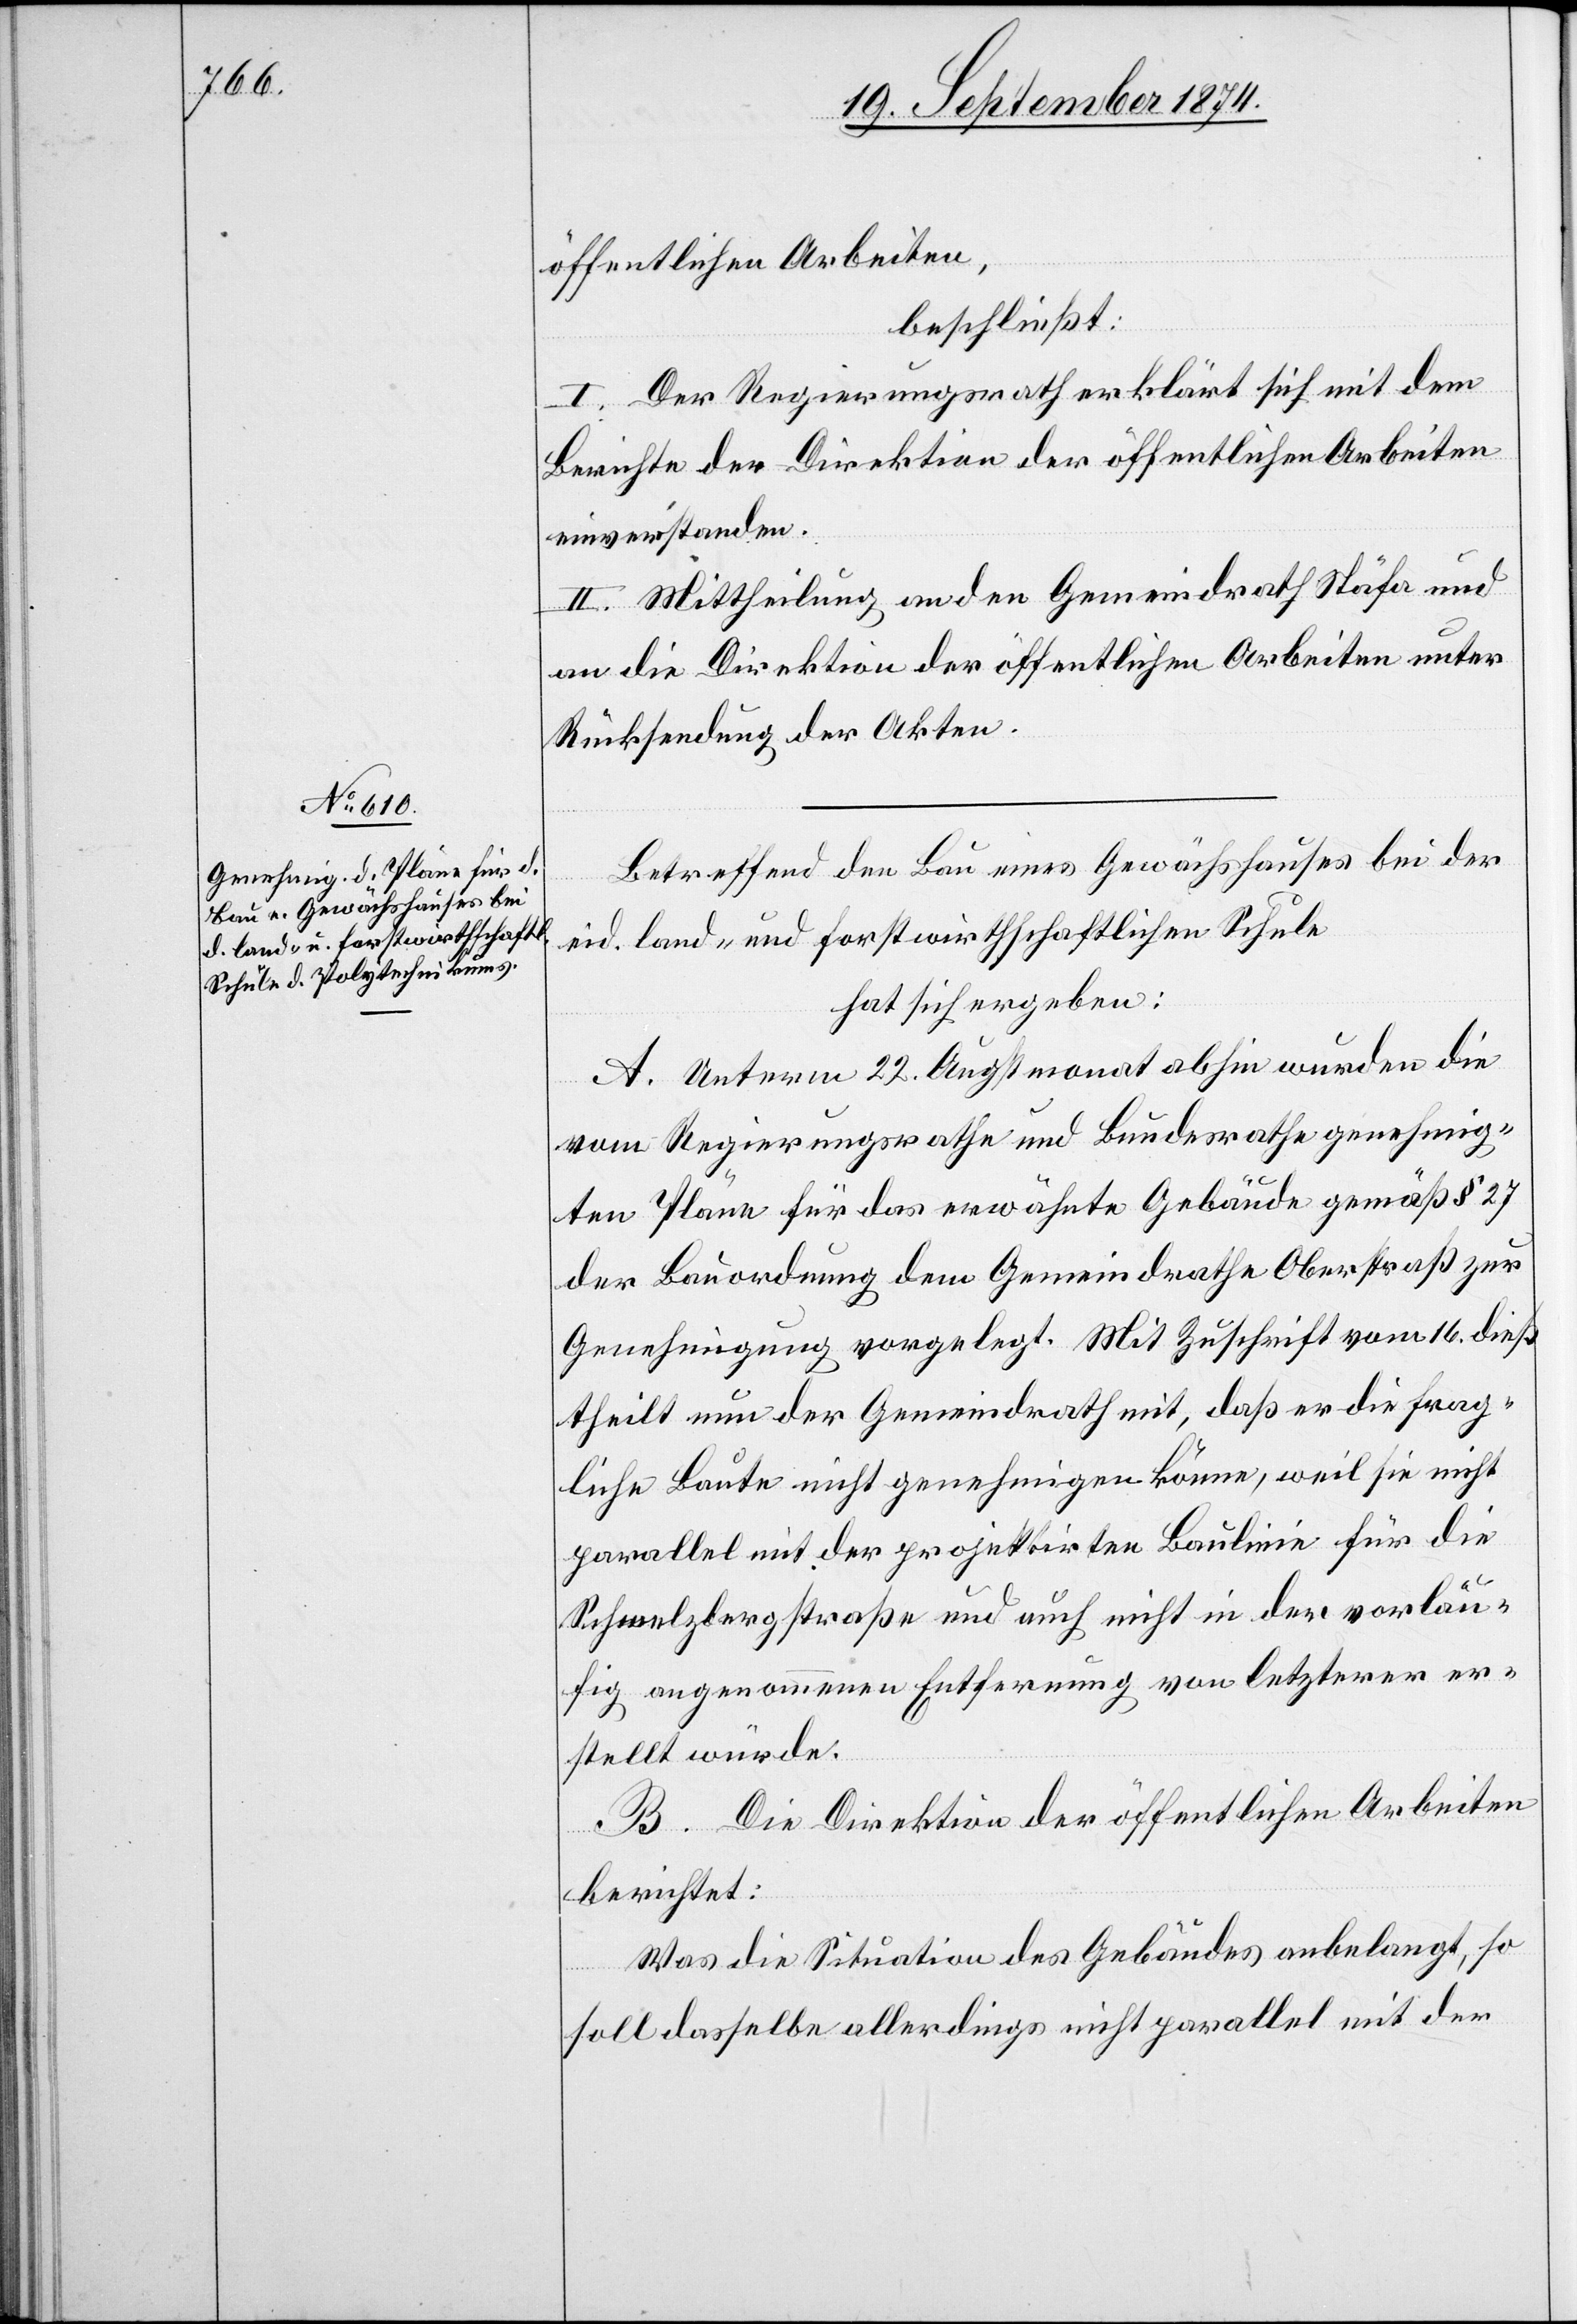
öffentlichen Arbeiten,
beschließt:
I. Der Regierungsrath erklärt sich mit dem
Berichte der Direktion der öffentlichen Arbeiten
einverstanden.
II. Mittheilung an den Gemeindrath Stäfa und
an die Direktion der öffentlichen Arbeiten unter
Rücksendung der Akten.
Betreffend den Bau eines Gewächshauses bei der
eid. Land- und forstwirthschaftlichen Schule
hat sich ergeben:
A. Unterm 22. Augstmonat abhin wurden die
vom Regierungsrathe und Bundesrathe genehmig¬
ten Pläne für das erwähnte Gebäude gemäß § 27
der Bauordnung dem Gemeindrathe Oberstraße zur
Genehmigung vorgelegt. Mit Zuschrift vom 16. dieß
theilt nun der Gemeindrath mit, daß er die frag¬
liche Baute nicht genehmigen könne, weil sei nicht
parallel mit der projektirten Baulinie für die
Schmelzbergstraße und auch nicht in der vorläu¬
fig angenommenen Entfernung von letzterer er¬
stellt würde.
B. Die Direktion der öffentlichen Arbeiten
berichtet:
Was die Situation des Gebäudes anbelangt, so
soll dasselbe allerdings nicht parallel mit der